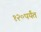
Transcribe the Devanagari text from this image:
१२०पर्यंत